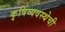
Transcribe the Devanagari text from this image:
कृषिव्यवस्थेची